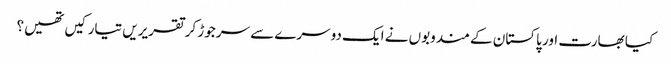
کیا بھارت اور پاکستان کے مندوبوں نے ایک دوسرے سے سرجوڑ کر تقریریں تیار کیں تھیں؟